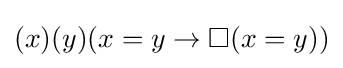
(x)(y)(x=y\to \Box (x=y))